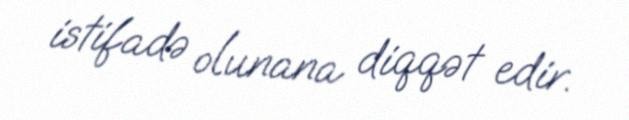
istifadə olunana diqqət edir.